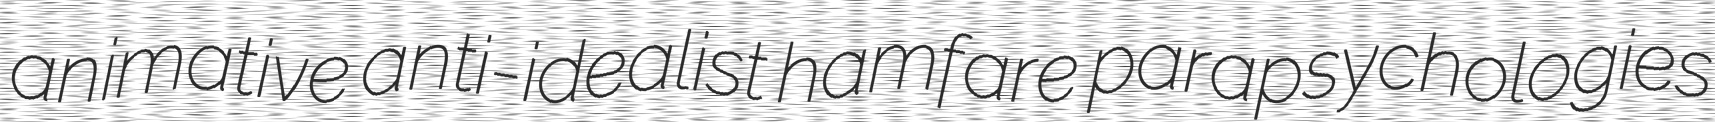
animative anti-idealist hamfare parapsychologies